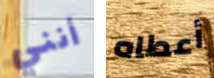
أنني أعطاه